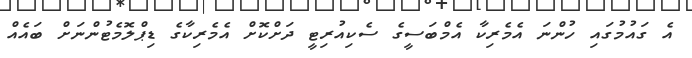
އެ ގައުމުގައި ހުންނަ އެމެރިކާ އެމްބަސީގެ ސެކިއުރިޓީ ދަށްކޮށް އެމެރިކާގެ ޑިޕްލޮމެޓުންނަށް ބައެއް